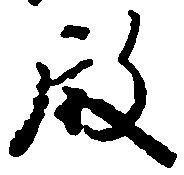
殿